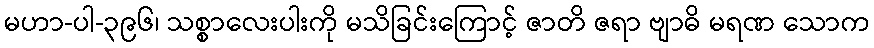
မဟာ-ပါ-၃၉၆၊ သစ္စာလေးပါးကို မသိခြင်းကြောင့် ဇာတိ ဇရာ ဗျာဓိ မရဏ သောက